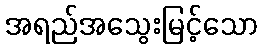
အရည်အသွေးမြင့်သော